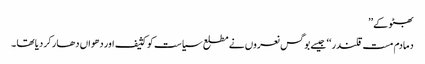
بھٹو کے ’’
دمادم مست قلندر ‘‘ جیسے بوگس نعروں نے مطلع سیاست کو کثیف اور دھواں دھار کر دیا تھا ۔